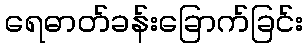
ရေဓာတ်ခန်းခြောက်ခြင်း